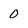
Character: O